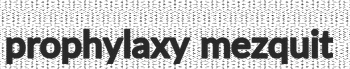
prophylaxy mezquit